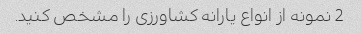
2 نمونه از انواع یارانه کشاورزی را مشخص کنید.